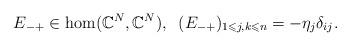
LaTeX: \begin{align*}E_{-+}\in\hom(\mathbb{C}^N,\mathbb{C}^N),\;\;(E_{-+})_{1\leqslant j,k\leqslant n}=-\eta_j\delta_{ij}.\end{align*}